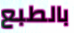
بالطبع